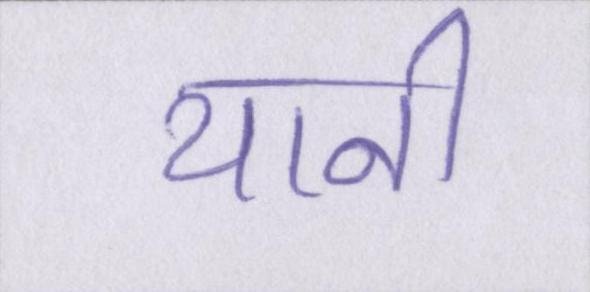
यानी